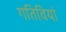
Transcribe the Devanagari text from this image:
गतिवियां